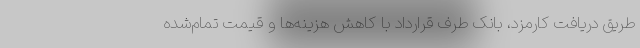
طریق دریافت کارمزد، بانک طرف قرارداد با کاهش هزینه‌ها و قیمت تمام‌شده